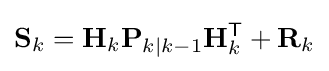
\mathbf {S} _{k}=\mathbf {H} _{k}{\mathbf {P} }_{k\mid k-1}\mathbf {H} _{k}^{\textsf {T}}+\mathbf {R} _{k}